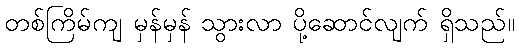
တစ်ကြိမ်ကျ မှန်မှန် သွားလာ ပို့ဆောင်လျက် ရှိသည်။